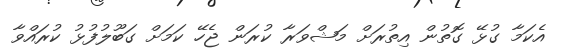
އެކަމާ ގުޅޭ ގޮތުން އިތުރަށް މަޝްވަރާ ކުރަން ޖެހޭ ކަމަށް ގަބޫލުފުޅު ކުރައްވާ